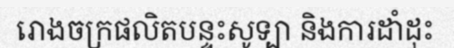
រោងចក្រផលិតបន្ទះសូទ្បា និងការដាំដុះ